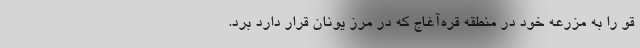
قو را به مزرعه خود در منطقه قره‌آغاج که در مرز یونان قرار دارد برد.